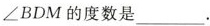
∠BDM的度数是___.